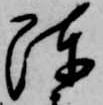
陳